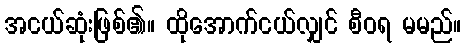
အငယ်ဆုံးဖြစ်၏။ ထိုအောက်ငယ်လျှင် စီဝရ မမည်။